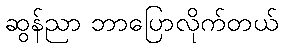
ဆွန်ညာ ဘာပြောလိုက်တယ်